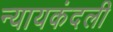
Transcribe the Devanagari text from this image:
न्यायकंदली